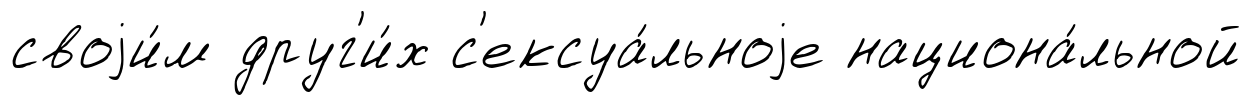
своjи́м друг'и́х с'ексуа́льноjе национа́льной